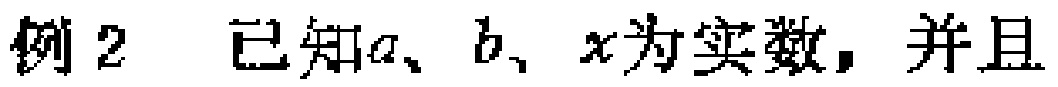
例2 已知\(a\)、\(b\)、\(x\)为实数，并且